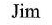
Jim